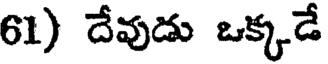
61) దేవుడు ఒక్కడే